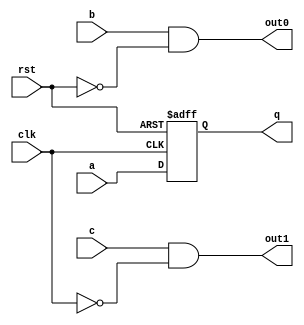
/////////////////////////////////////////
//  Functionality: A register driven by a combinational logic with reset signal
////////////////////////////////////////
`timescale 1ns / 1ps

module rst_and_clk_on_lut(a, b, c, q, out0, out1, clk, rst);

input wire rst;
input wire clk;
input wire a;
input wire b;
input wire c;
output reg q;
output wire out0;
output wire out1;

always @(posedge rst or posedge clk) begin
  if (rst) begin
    q <= 0;
  end else begin
    q <= a;
  end
end

assign out0 = b & ~rst;
assign out1 = c & ~clk;

endmodule